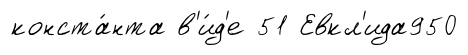
конста́нта в'и́д'е 51 Евкл'ида950